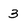
Character: 3